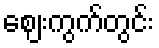
ဈေးကွက်တွင်း